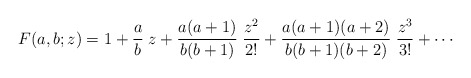
\begin{align*}F(a,b;z) = 1 +{a\over b}\; z + {a(a+1)\over b(b+1)}\; {z^2\over 2!} + {a(a+1)(a+2)\over b(b+1)(b+2)}\; {z^3\over 3!} + \cdots\end{align*}